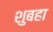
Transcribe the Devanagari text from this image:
शुबहा